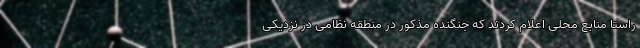
راستا منابع محلی اعلام کردند که جنگنده مذکور در منطقه نظامی در نزدیکی